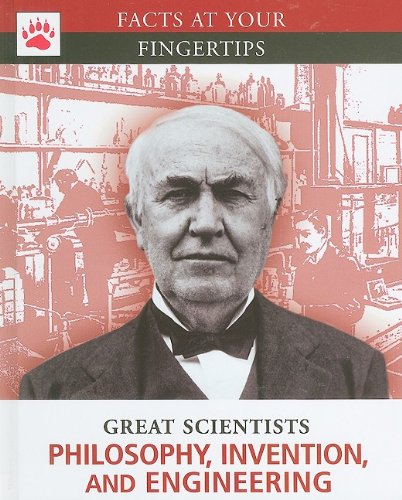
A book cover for Philosophy, Invention, and Engineering (Facts at Your Fingertips); Teen & Young Adult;